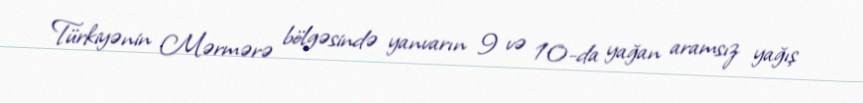
Türkiyənin Mərmərə bölgəsində yanvarın 9 və 10-da yağan aramsız yağış